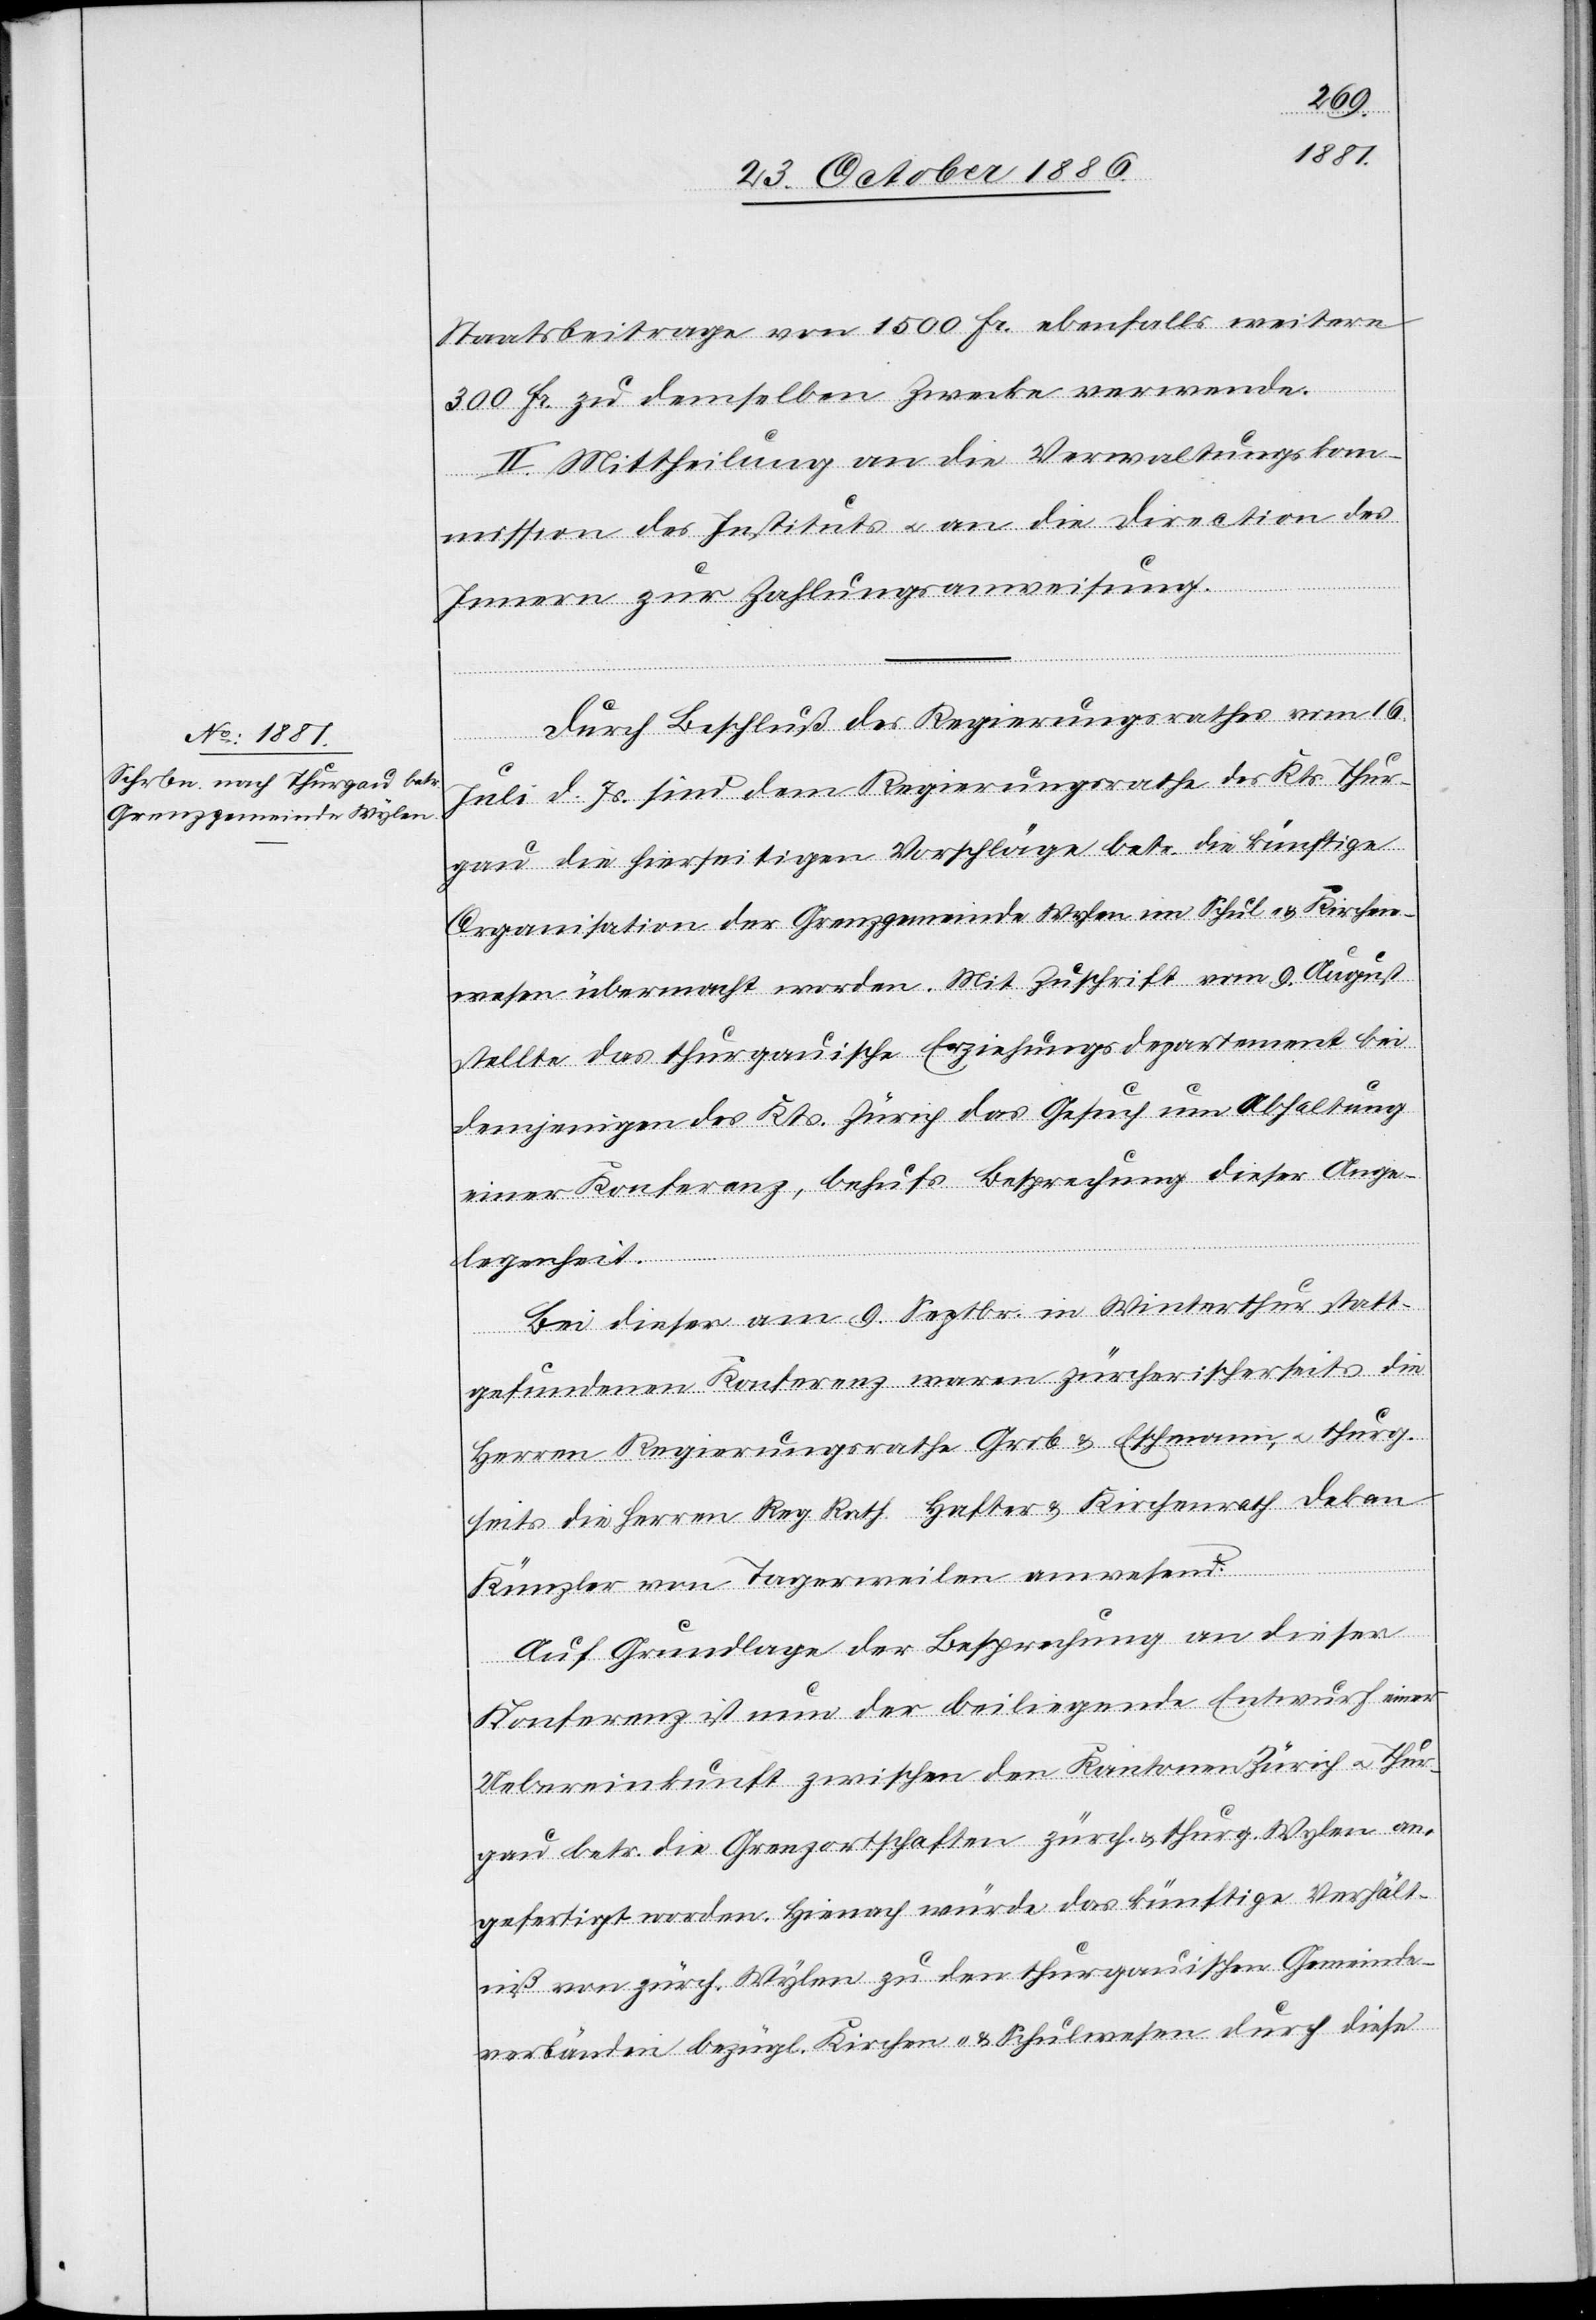
Staatsbeitrage von 1500 Fr. ebenfalls weitere
300 Fr. zu demselben Zwecke verwende.
II. Mittheilung an die Verwaltungskom¬
mission des Instituts & an die Direction des
Innern zur Zahlungsanweisung.
Durch Beschluß des Regierungsrathes vom 16.
Juli d. Js. sind dem Regierungsrathe des Kts. Thur¬
gau die hierseitigen Vorschläge betr. die künftige
Organisation der Grenzgemeinde Wylen im Schul- & Kirchen¬
wesen übermacht worden. Mit Zuschrift vom 9. August
stellte das thurgauische Erziehungsdepartement bei
demjenigen des Kts. Zürich das Gesuch um Abhaltung
einer Konferenz, behufs Besprechung dieser Ange¬
legenheit.
Bei dieser am 9. Septbr. in Winterthur statt¬
gefundenen Konferenz waren zürcherischerseits die
Herren Regierungsrathe [sic!] Grob & Eschmann, & thurg.
seits die Herren Reg. Rath Hafter & Kirchenrath Dekan
Künzler von Tagerweilen [sic!] anwesend.
Auf Grundlage der Besprechung an dieser
Konferenz ist nun der beiliegende Entwurf einer
Uebereinkunft zwischen den Kantonen Zürich & Thur¬
gau betr. die Grenzortschaften zürch. & thurg. Wylen an¬
gefertigt worden. Hienach würde das künftige Verhält¬
niß von zürch. Wylen zu den thurgauischen Gemeinde¬
verbänden bezügl. Kirchen- & Schulwesen durch diese